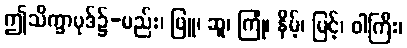
ဤသိက္ခာပုဒ်၌-မည်း၊ ဖြူ၊ ဆူ၊ ကြုံ၊ နိမ့်၊ မြင့်၊ ဝါကြီး၊